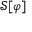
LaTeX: { \mathcal { S } } [ \varphi ]